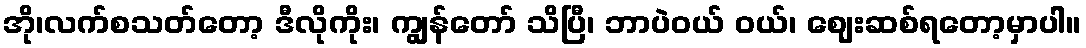
အို၊လက်စသတ်တော့ ဒီလိုကိုး၊ ကျွန်တော် သိပြီ၊ ဘာပဲဝယ် ဝယ်၊ ဈေးဆစ်ရတော့မှာပါ။